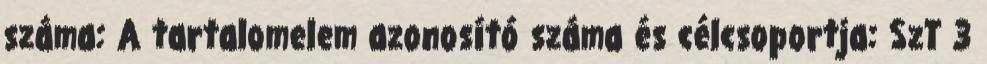
száma: A tartalomelem azonosító száma és célcsoportja: SzT 3